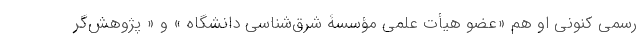
رسمی کنونی او هم «عضو هیأت علمی مؤسسۀ شرق‌شناسی دانشگاه » و « پژوهش‌گر